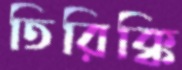
তিরিক্কি